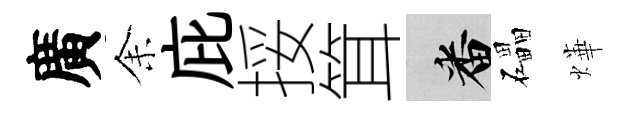
廣𪜬庇挼䇯番礧燁